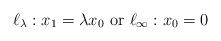
LaTeX: \begin{align*}\ell_{\lambda}: x_1=\lambda x_0 \textnormal{ or } \ell_{\infty}: x_0=0\end{align*}